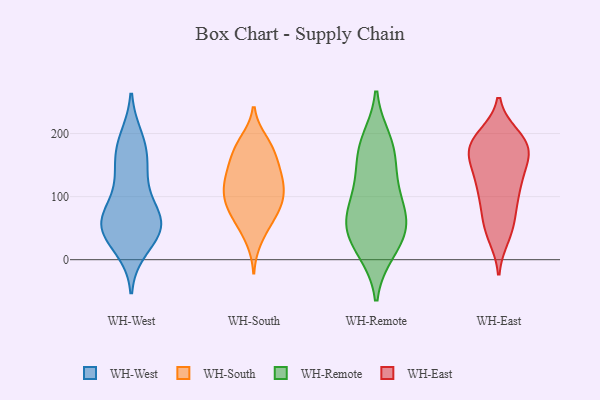
{"axis": {"x": "Satisfaction Score", "y": "Value"}, "legend": ["WH-East", "WH-Remote", "WH-South", "WH-West"], "data": [{"x": "", "y": 60, "type": "WH-West"}, {"x": "", "y": 135, "type": "WH-West"}, {"x": "", "y": 177, "type": "WH-West"}, {"x": "", "y": 67, "type": "WH-West"}, {"x": "", "y": 46, "type": "WH-West"}, {"x": "", "y": 168, "type": "WH-West"}, {"x": "", "y": 20, "type": "WH-West"}, {"x": "", "y": 190, "type": "WH-West"}, {"x": "", "y": 122, "type": "WH-West"}, {"x": "", "y": 65, "type": "WH-West"}, {"x": "", "y": 41, "type": "WH-West"}, {"x": "", "y": 63, "type": "WH-West"}, {"x": "", "y": 55, "type": "WH-West"}, {"x": "", "y": 63, "type": "WH-South"}, {"x": "", "y": 85, "type": "WH-South"}, {"x": "", "y": 183, "type": "WH-South"}, {"x": "", "y": 188, "type": "WH-South"}, {"x": "", "y": 133, "type": "WH-South"}, {"x": "", "y": 97, "type": "WH-South"}, {"x": "", "y": 114, "type": "WH-South"}, {"x": "", "y": 120, "type": "WH-South"}, {"x": "", "y": 58, "type": "WH-South"}, {"x": "", "y": 99, "type": "WH-South"}, {"x": "", "y": 151, "type": "WH-South"}, {"x": "", "y": 171, "type": "WH-South"}, {"x": "", "y": 94, "type": "WH-South"}, {"x": "", "y": 171, "type": "WH-South"}, {"x": "", "y": 77, "type": "WH-South"}, {"x": "", "y": 137, "type": "WH-South"}, {"x": "", "y": 131, "type": "WH-South"}, {"x": "", "y": 32, "type": "WH-South"}, {"x": "", "y": 189, "type": "WH-Remote"}, {"x": "", "y": 173, "type": "WH-Remote"}, {"x": "", "y": 15, "type": "WH-Remote"}, {"x": "", "y": 56, "type": "WH-Remote"}, {"x": "", "y": 57, "type": "WH-Remote"}, {"x": "", "y": 58, "type": "WH-Remote"}, {"x": "", "y": 74, "type": "WH-Remote"}, {"x": "", "y": 98, "type": "WH-Remote"}, {"x": "", "y": 13, "type": "WH-Remote"}, {"x": "", "y": 41, "type": "WH-Remote"}, {"x": "", "y": 178, "type": "WH-Remote"}, {"x": "", "y": 116, "type": "WH-Remote"}, {"x": "", "y": 138, "type": "WH-Remote"}, {"x": "", "y": 195, "type": "WH-East"}, {"x": "", "y": 164, "type": "WH-East"}, {"x": "", "y": 38, "type": "WH-East"}, {"x": "", "y": 107, "type": "WH-East"}, {"x": "", "y": 43, "type": "WH-East"}, {"x": "", "y": 154, "type": "WH-East"}, {"x": "", "y": 191, "type": "WH-East"}, {"x": "", "y": 188, "type": "WH-East"}, {"x": "", "y": 165, "type": "WH-East"}, {"x": "", "y": 55, "type": "WH-East"}, {"x": "", "y": 186, "type": "WH-East"}, {"x": "", "y": 124, "type": "WH-East"}, {"x": "", "y": 65, "type": "WH-East"}, {"x": "", "y": 165, "type": "WH-East"}, {"x": "", "y": 182, "type": "WH-East"}, {"x": "", "y": 119, "type": "WH-East"}, {"x": "", "y": 103, "type": "WH-East"}, {"x": "", "y": 133, "type": "WH-East"}, {"x": "", "y": 86, "type": "WH-East"}, {"x": "", "y": 179, "type": "WH-East"}]}